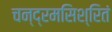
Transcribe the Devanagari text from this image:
चन्द्रमसिश्रितं